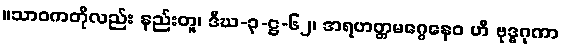
။သာဝကတိုလည်း နည်းတူ၊ ဒီဃ-၃-ဋ္ဌ-၆၂၊ အရဟတ္တမဂ္ဂေနေဝ ဟိ ဗုဒ္ဓဂုဏာ